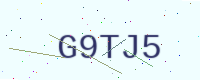
Text: G9TJ5